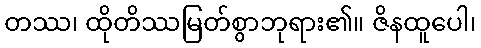
တဿ၊ ထိုတိဿမြတ်စွာဘုရား၏။ ဇိနထူပေါ၊